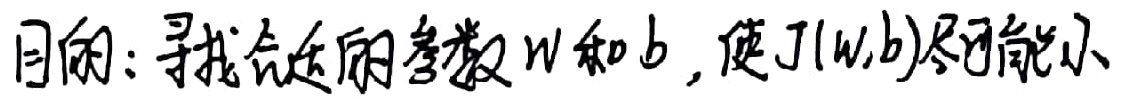
目的：寻找合适的参数\(w\)和\(b\)，使\(J(w,b)\)尽可能小